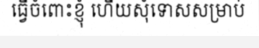
ធ្វើចំពោះខ្ញុំ ហើយសុំទោសសម្រាប់